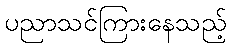
ပညာသင်ကြားနေသည့်